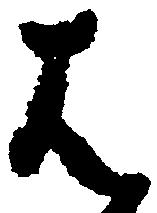
は